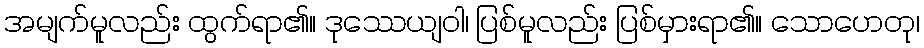
အမျက်မူလည်း ထွက်ရာ၏။ ဒုဿေယျဝါ၊ ပြစ်မူလည်း ပြစ်မှားရာ၏။ သောဟေတု၊